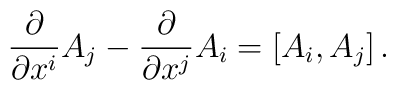
{\partial\over \partial x^i} A_j-{\partial\over \partial x^j} A_i =[A_i ,A_j ]\,.